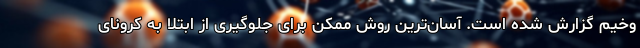
وخیم گزارش شده است. آسان‌ترین روش ممکن برای جلوگیری از ابتلا به کرونای